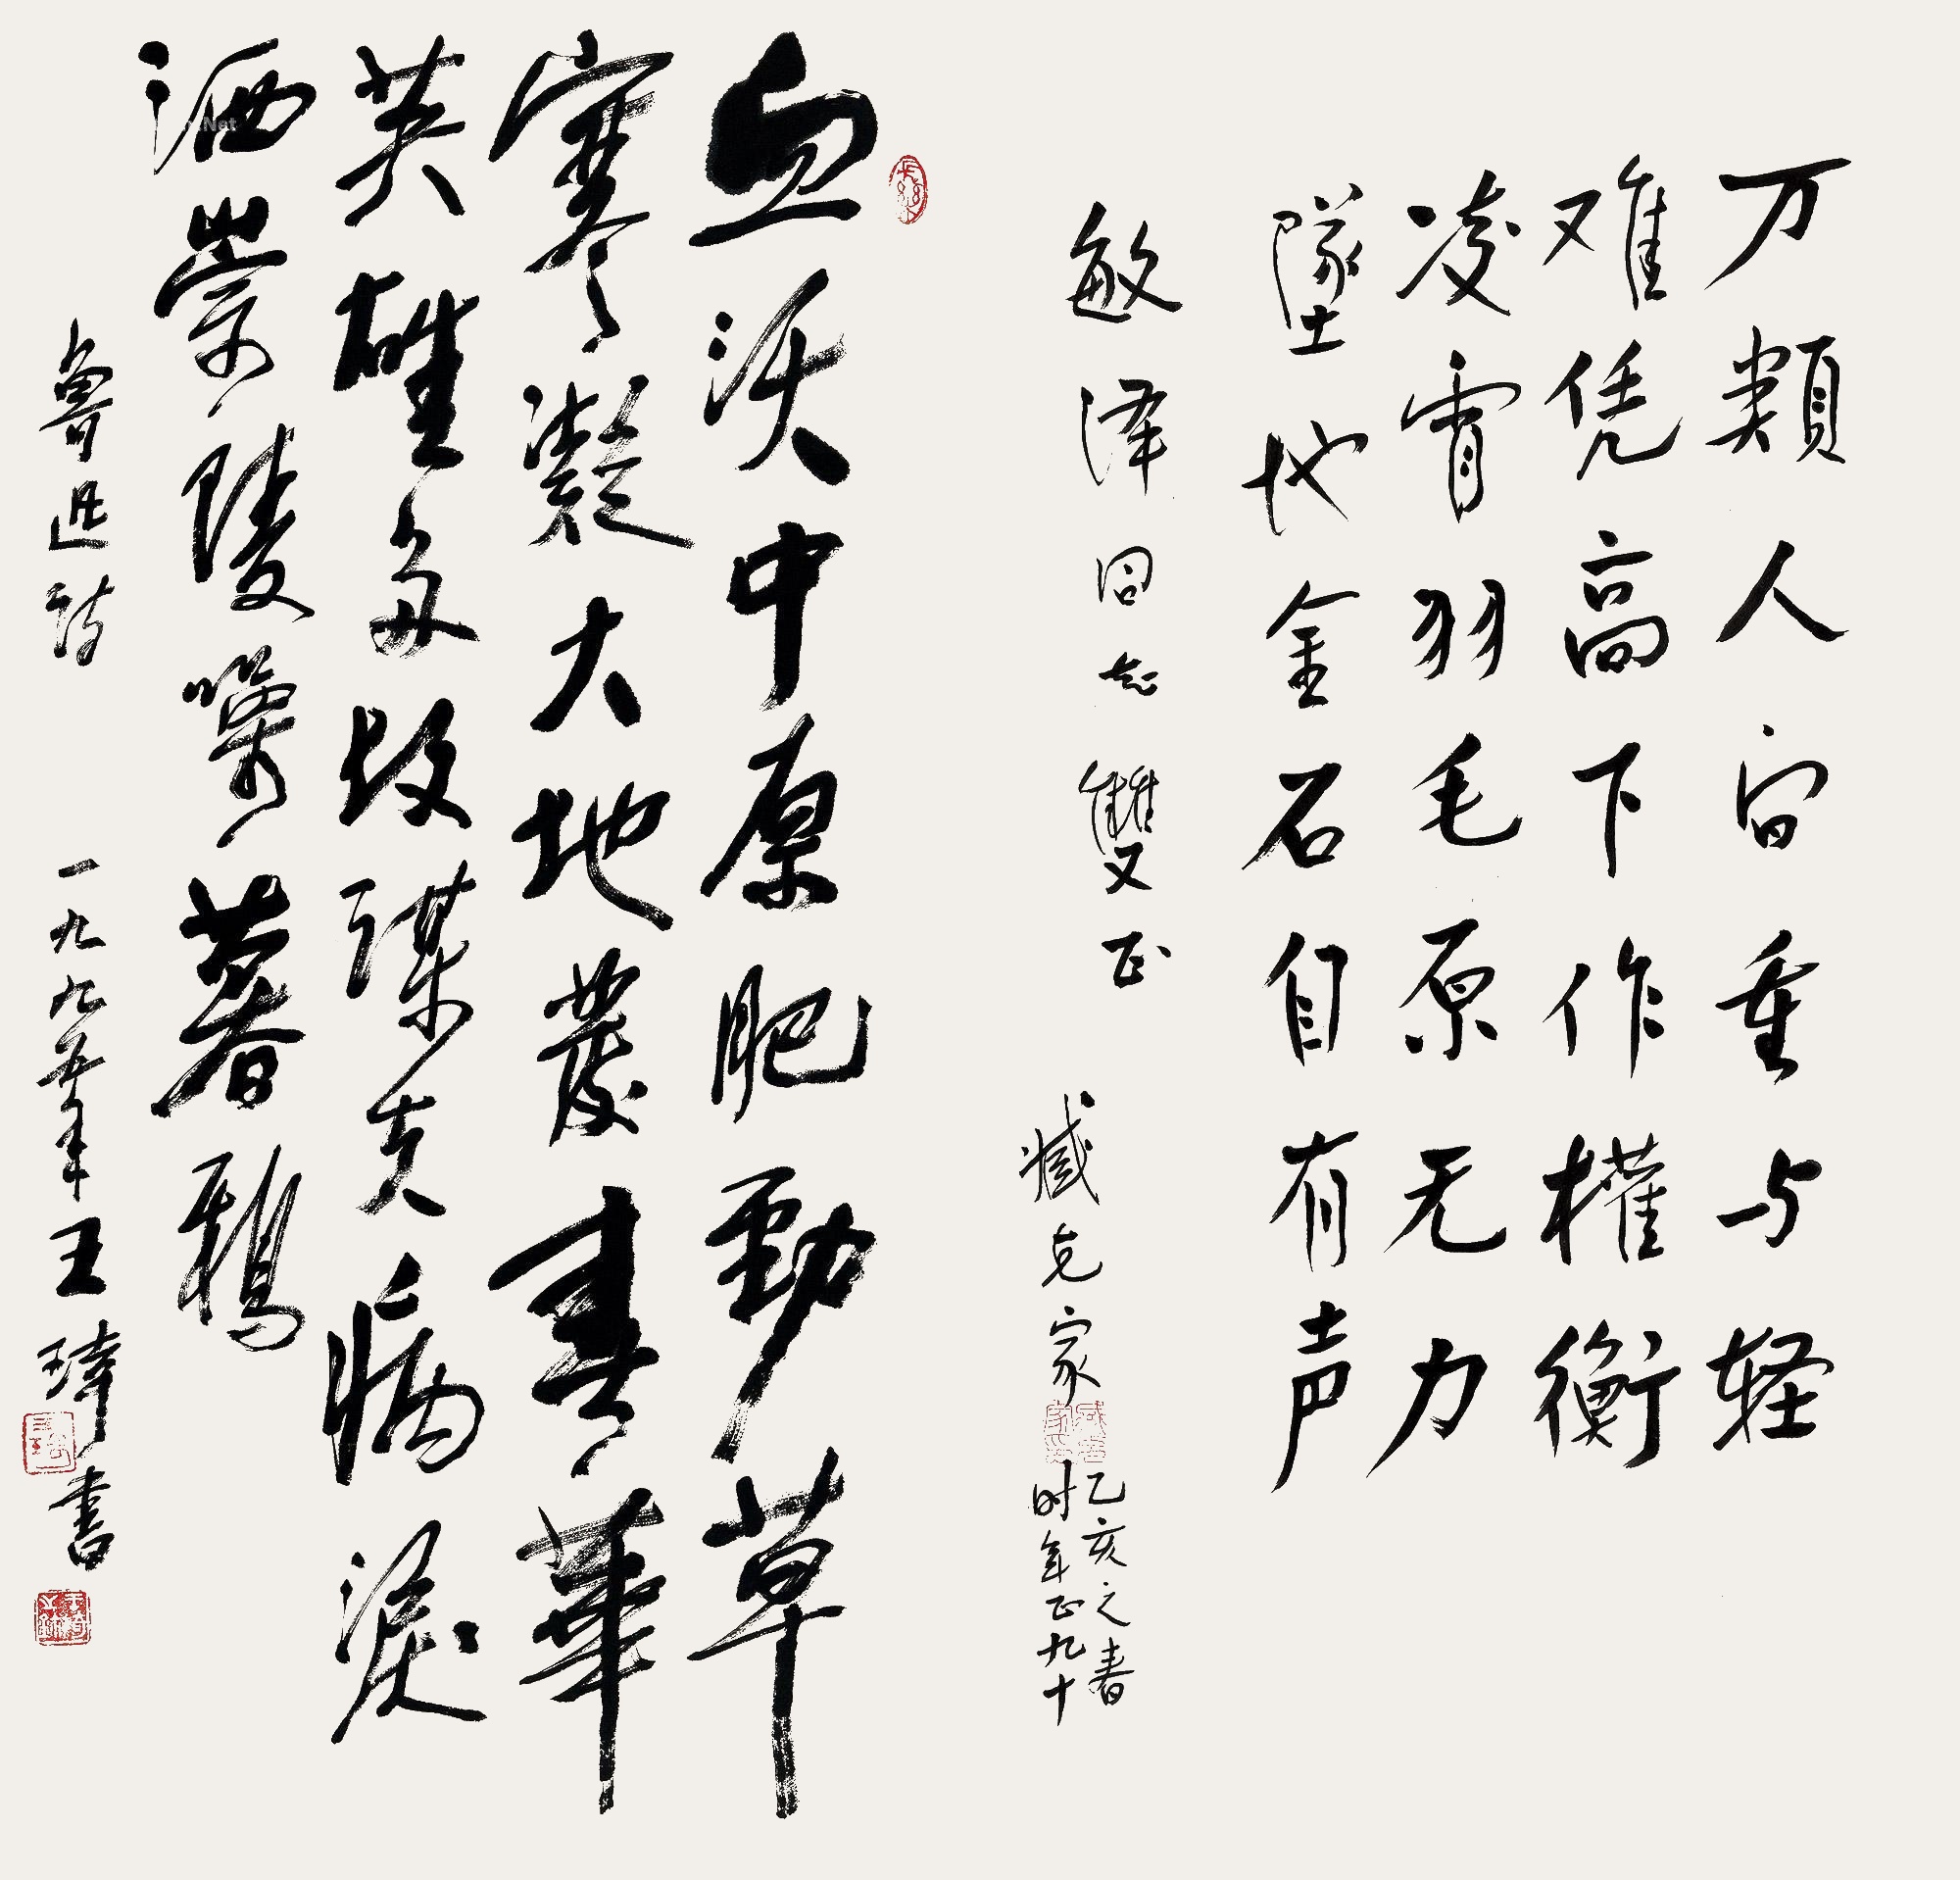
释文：（一）万类人间重与轻，难凭高下作权衡。凌霄羽毛原无力，坠地金石自有声。敏泽同志双正。臧克家，乙亥之春，时年正九十。（二）血沃中原肥劲草，寒凝大地发春华。英雄多故谋夫病，泪洒崇陵噪暮鸦。鲁迅诗，一九九五年，王琦书。（一）敏泽珍藏（Lot476-Lot479）